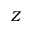
Z